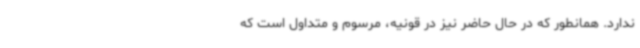
ندارد. همانطور که در حال حاضر نیز در قونیه، مرسوم و متداول است که